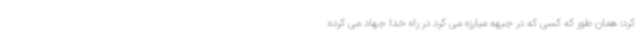
کرد: همان طور که کسی که در جبهه مبارزه می کرد در راه خدا جهاد می کرده